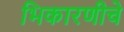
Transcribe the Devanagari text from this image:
भिकारणीचे